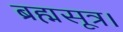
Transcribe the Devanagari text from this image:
ब्रह्मसूत्र।